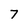
Character: 7